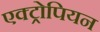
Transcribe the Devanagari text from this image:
एक्ट्रोपियन